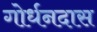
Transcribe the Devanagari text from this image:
गोर्धनदास